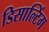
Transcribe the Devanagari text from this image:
डिसाल्टिंग